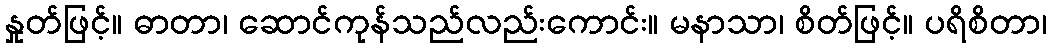
နှုတ်ဖြင့်။ ဓာတာ၊ ဆောင်ကုန်သည်လည်းကောင်း။ မနာသာ၊ စိတ်ဖြင့်။ ပရိစိတာ၊